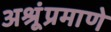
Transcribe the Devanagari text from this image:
अश्रूंप्रमाणे